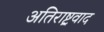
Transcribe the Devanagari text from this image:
अतिराष्ट्रवाद